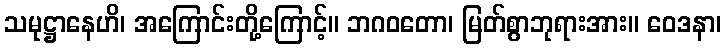
သမုဋ္ဌာနေဟိ၊ အကြောင်းတို့ကြောင့်။ ဘဂဝတော၊ မြတ်စွာဘုရားအား။ ဝေဒနာ၊